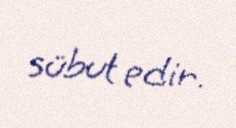
sübut edir.